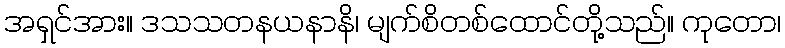
အရှင်အား။ ဒသသတနယနာနိ၊ မျက်စိတစ်ထောင်တို့သည်။ ကုတော၊